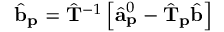
\hat { \mathbf { b } } _ { \mathbf { p } } = \hat { \mathbf { T } } ^ { - 1 } \left[ \hat { \mathbf { a } } _ { \mathbf { p } } ^ { 0 } - \hat { \mathbf { T } } _ { \mathbf { p } } \hat { \mathbf { b } } \right]